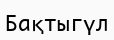
Бақтыгүл